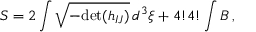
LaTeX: S = 2 \int \sqrt { - \mathrm { d e t } ( h _ { I J } ) } \, d ^ { 3 } \xi + 4 ! 4 ! \int B \, ,